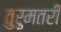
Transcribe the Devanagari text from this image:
तुरुमतरी